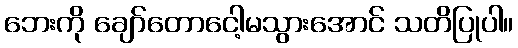
ဘေးကို ချော်တောငေါ့မသွားအောင် သတိပြုပါ။